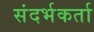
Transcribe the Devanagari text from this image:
संदर्भकर्ता